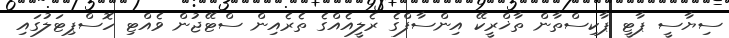
ސިޔާސީ ޕާޓީ ޕާކިސްތާން ތާޚްރީކޭ އިންސާފްގެ ރެލީއެއްގެ ތެރެއިން ސްޓޭޖުން ވެއްޓި ހޮސްޕިޓަލުގައި